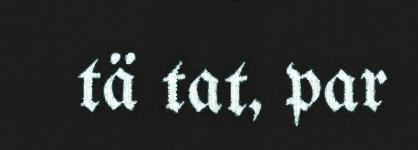
tä tat, par